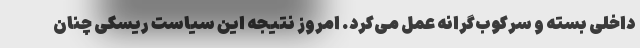
داخلی بسته و سرکوب‌گرانه عمل می‌کرد. امروز نتیجه این سیاست ریسکی چنان